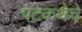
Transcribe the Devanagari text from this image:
पटकथेचे